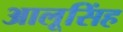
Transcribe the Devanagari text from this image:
आलूसिंह